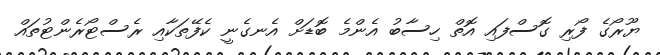
ޔޫރޯގެ ފޯރި ގޮސްފައި އޮތް ހިސާބު އެންމެ ބޮޑަށް އެނގެނީ ކެފޭތަކާއި ރެސްޓޯރެންޓުތައް